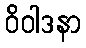
ဝိဝါဒနာ